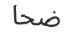
ضحا